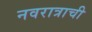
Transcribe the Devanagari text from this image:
नवरात्राची